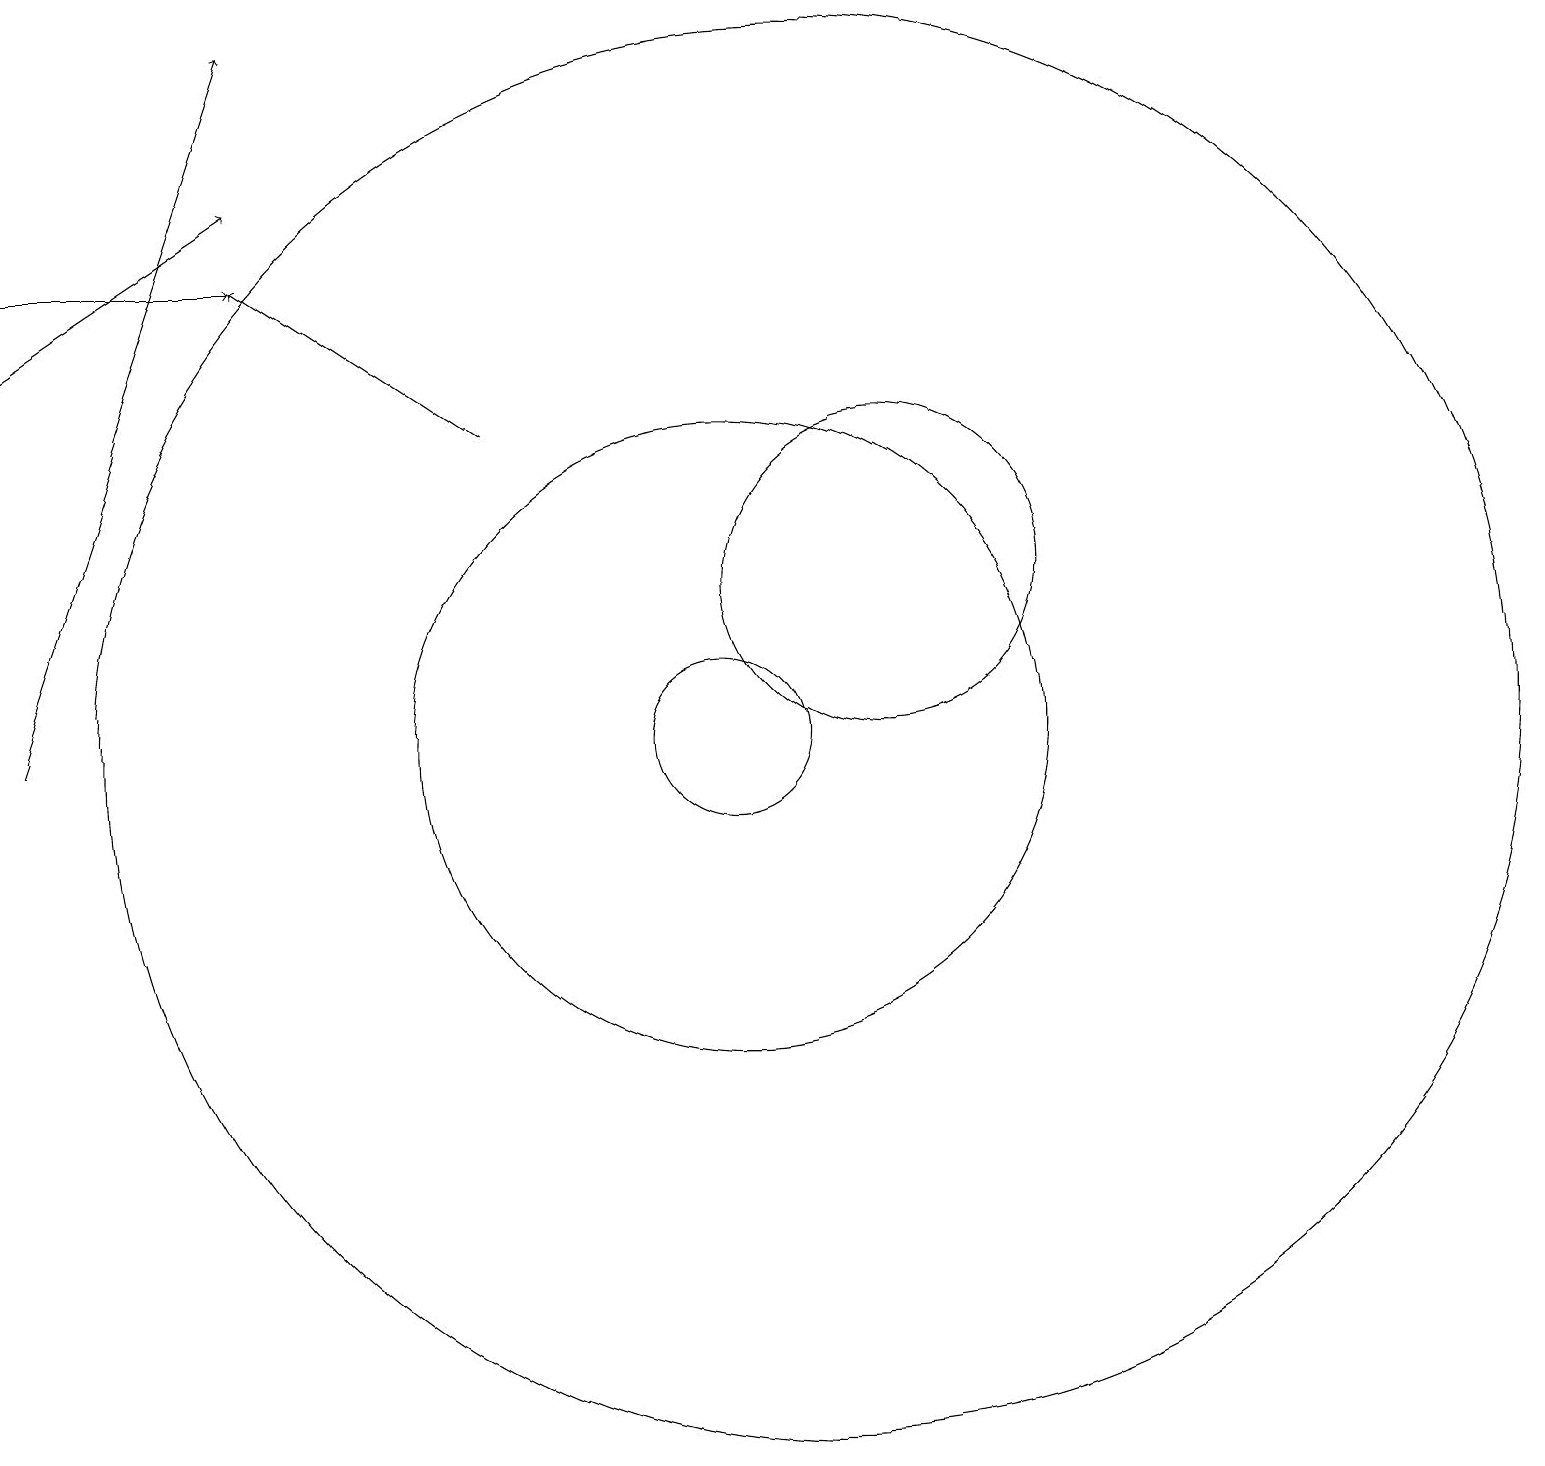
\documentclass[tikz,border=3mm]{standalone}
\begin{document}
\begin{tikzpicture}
\draw[->] (7,14) -- (4,16);
\draw (10,10) circle (1);
\draw (11,10) circle (9);
\draw[->] (1,16) -- (4,16);
\draw[->] (1,10) -- (4,19);
\draw[->] (1,15) -- (4,17);
\draw (10,10) circle (4);
\draw (12,12) circle (2);
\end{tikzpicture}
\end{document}